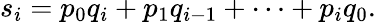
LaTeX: s_{i}=p_{0}q_{i}+p_{1}q_{i-1}+\cdots+p_{i}q_{0}.